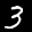
Label: 3